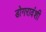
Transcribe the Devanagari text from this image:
डोगरावंशी